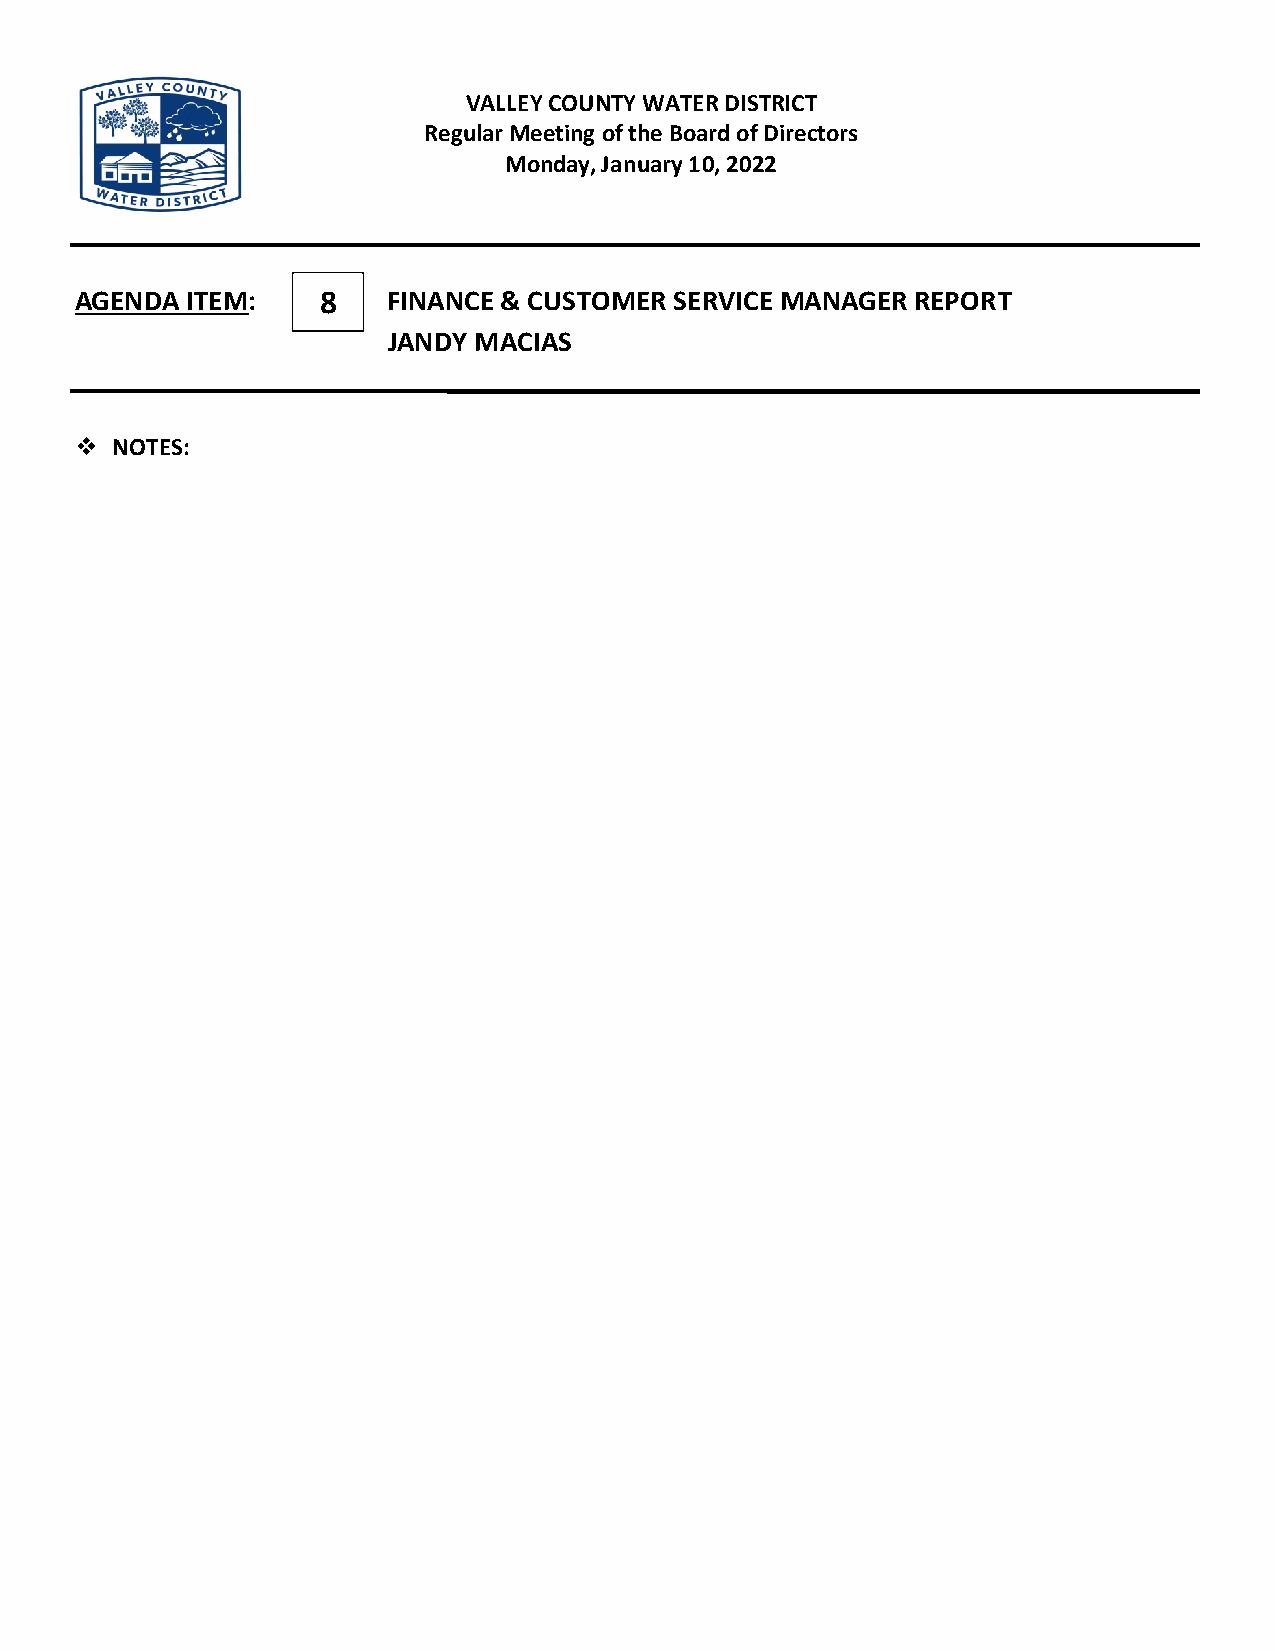
VALLEY COUNTY WATER DISTRICT
 Regular Meeting of the Board of Directors
 Monday, January 10, 2022
 AGENDA ITEM:    8    FINANCE & CUSTOMER SERVICE MANAGER REPORT
 JANDY MACIAS
  NOTES: